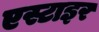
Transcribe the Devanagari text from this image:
एस्टाइर